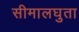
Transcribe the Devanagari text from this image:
सीमालघुता